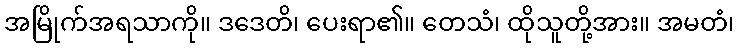
အမြိုက်အရသာကို။ ဒဒေတိ၊ ပေးရာ၏။ တေသံ၊ ထိုသူတို့အား။ အမတံ၊